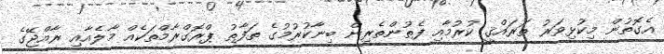
އެގޮތުން މިކުޅިވަރު ތަރައްޤީ ކުރުމާއި ފެތުންތެރިން ބިނާކުރުމުގެ ތަފާތު ޕްރޮގްރާމްތަކެއް މާލެއާއި ރާއްޖޭގެ